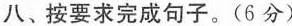
八、按要求完成句子。(6 分)